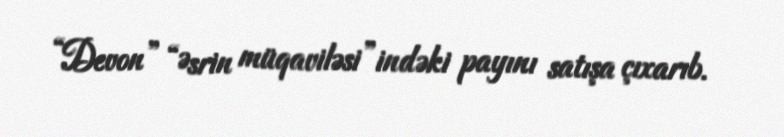
“Devon” “Əsrin müqaviləsi”indəki payını satışa çıxarıb.